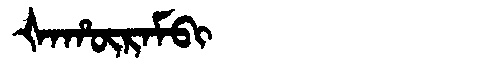
Manchu: ᡧᠠᡥᡡᡵᠠᠮᠪᡳ
Romanization: ŠAHŪRAMBI